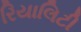
રિયાલિટી